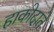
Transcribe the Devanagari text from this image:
हाकोदाते